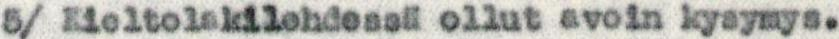
5/ Kieltolakilehdessä ollut avoin kysymys.